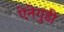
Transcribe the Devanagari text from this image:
ऐनेगुंडी